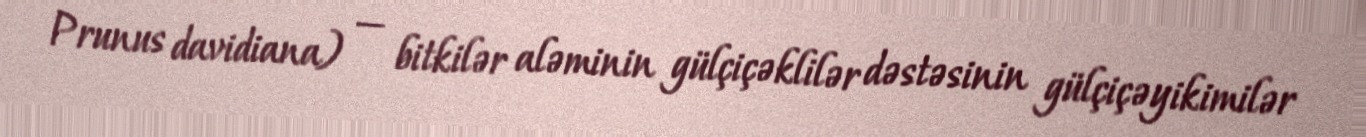
Prunus davidiana) — bitkilər aləminin gülçiçəklilər dəstəsinin gülçiçəyikimilər